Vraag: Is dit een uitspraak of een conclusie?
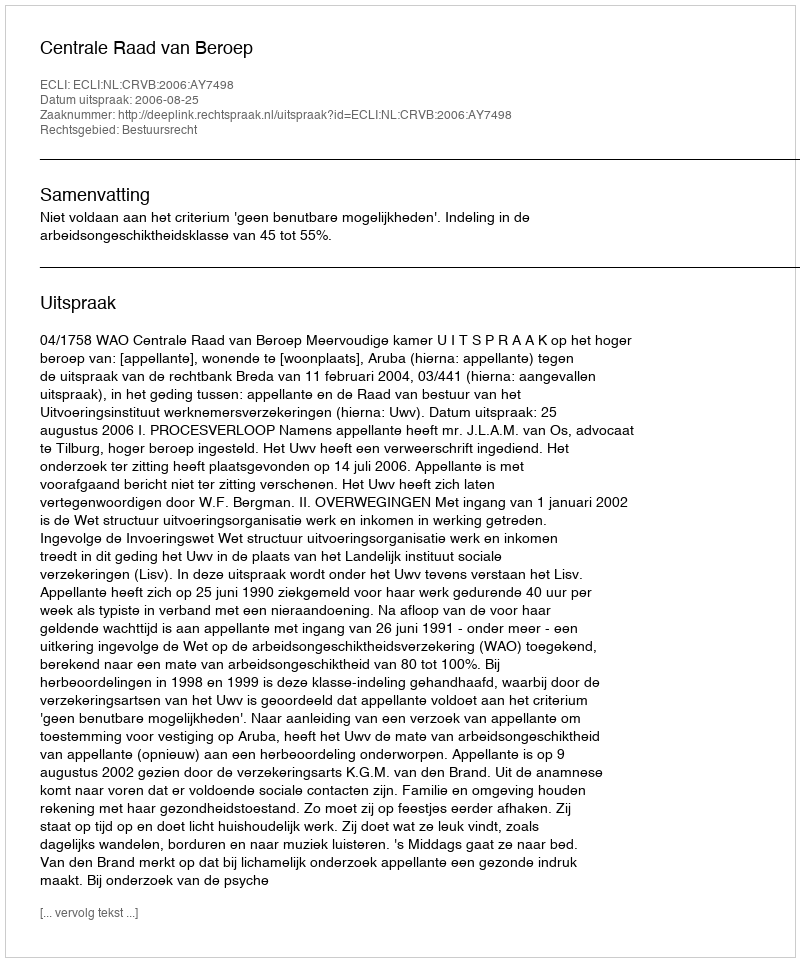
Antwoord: Uitspraak